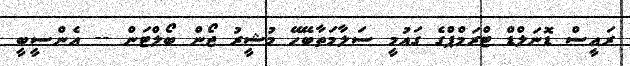
ރައީސް ޑޮނަލްޑް ޓްރަމްޕްގެ ގައުމީ ސަލާމަތާބޭހޭ މުޝީރު ޖޯން ބޯލްޓަން -- އެންސީބީ